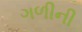
ગળીની